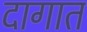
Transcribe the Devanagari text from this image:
दागात